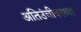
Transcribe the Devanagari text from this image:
अतिउंचीवरच्या